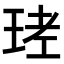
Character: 𤥧